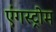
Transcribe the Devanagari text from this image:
एंगस्ट्रोम